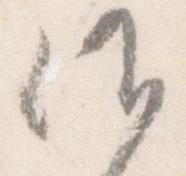
候